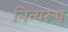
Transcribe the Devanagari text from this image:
नित्यरूप